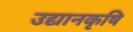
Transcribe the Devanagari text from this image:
उद्यानकृषि